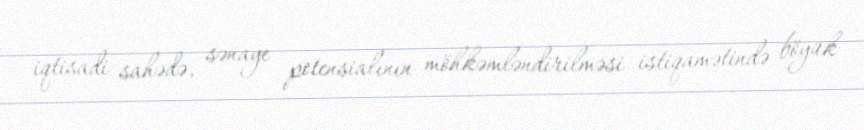
iqtisadi sahədə, sənaye potensialının möhkəmləndirilməsi istiqamətində böyük